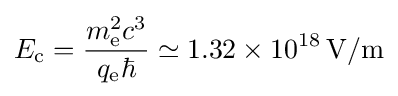
E_{\text{c}}={\frac {m_{\text{e}}^{2}c^{3}}{q_{\text{e}}\hbar }}\simeq 1.32\times 10^{18}\,\mathrm {V} /\mathrm {m}